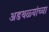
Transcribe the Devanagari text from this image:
अडथळ्यांच्या